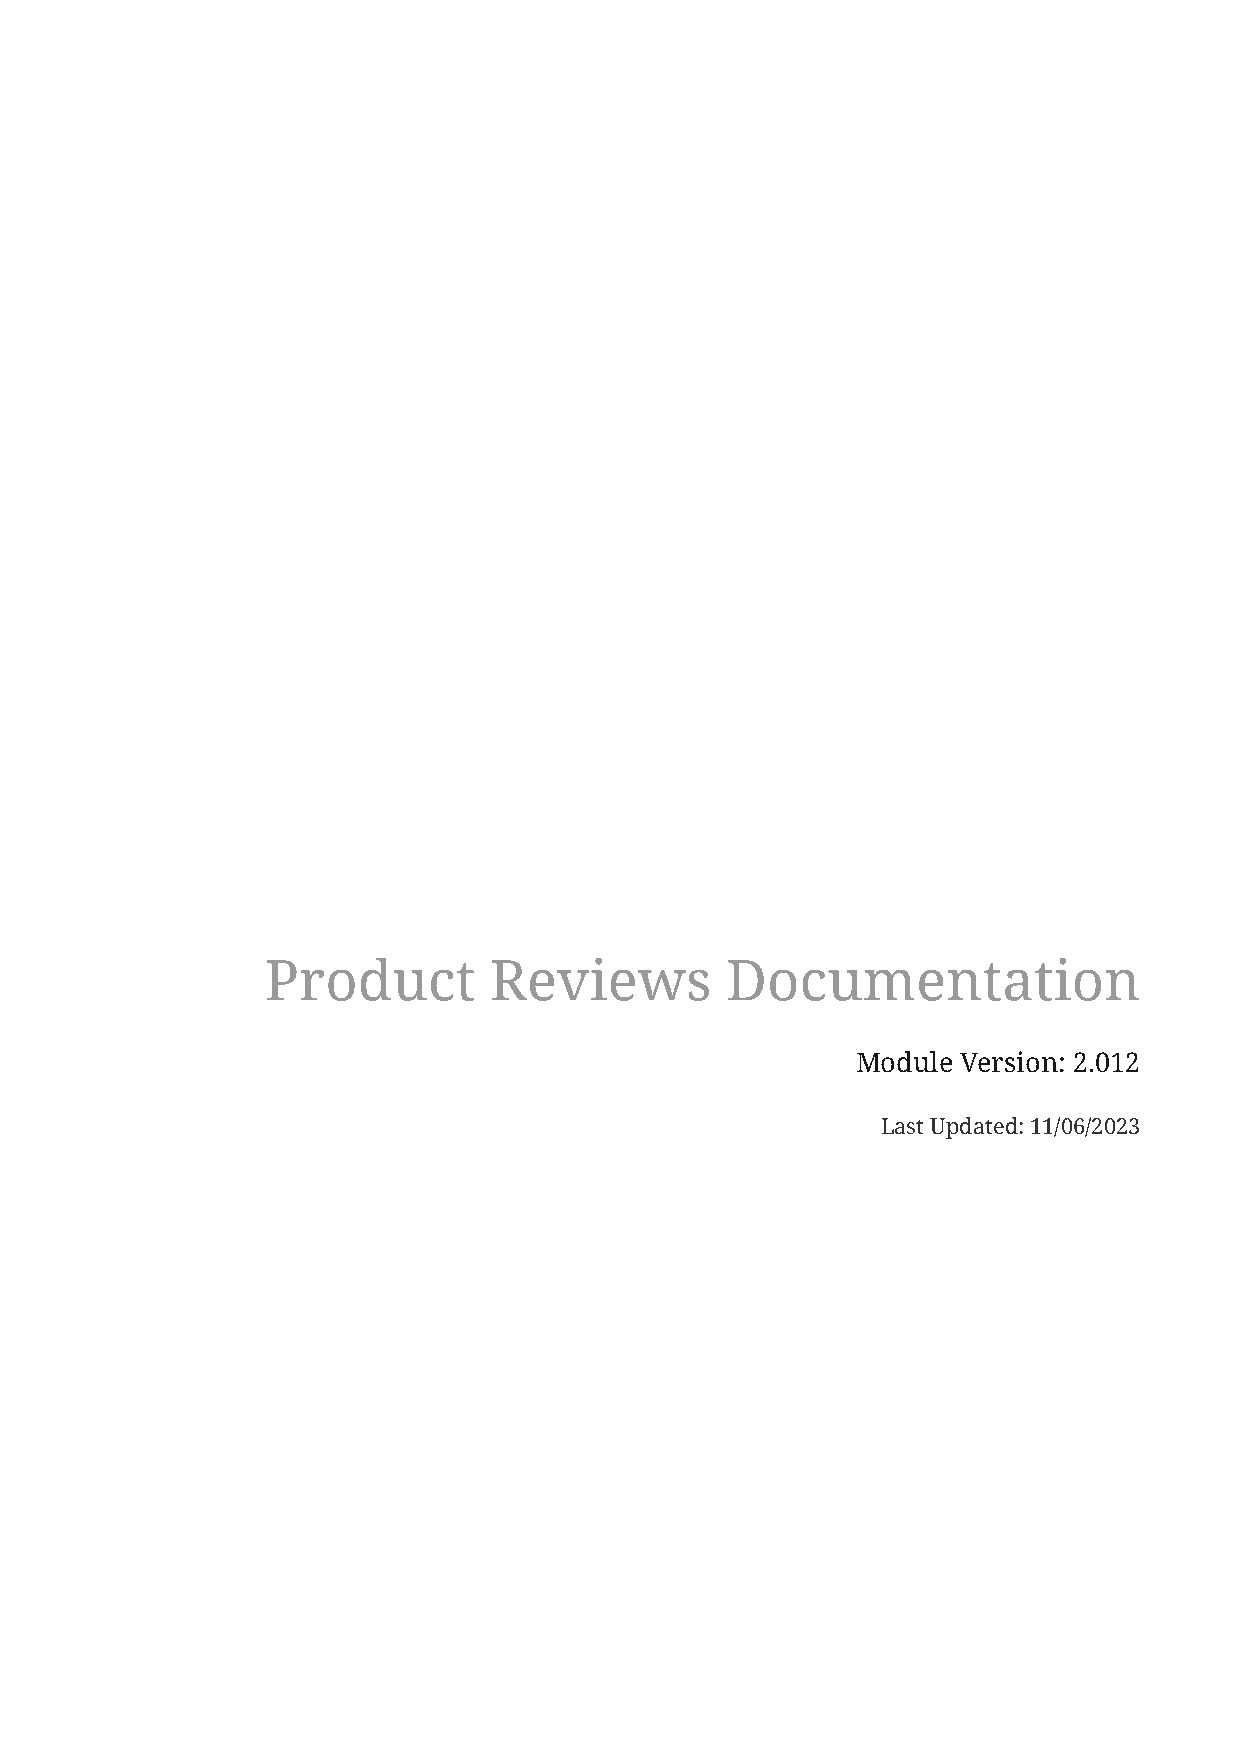
Product       Reviews         Documentation
 Module Version: 2.012
 Last Updated: 11/06/2023